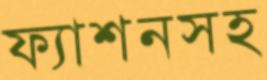
ফ্যাশনসহ